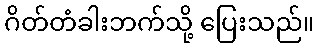
ဂိတ်တံခါးဘက်သို့ ပြေးသည်။